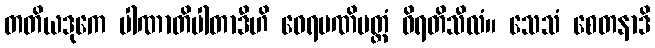
တတိယဒုကေ ပါဏာတိပါတာဒီဟိ ဝေရမဏိမတ္တံ ဝိရတိသီလံ။ သေသံ စေတနာဒိ